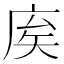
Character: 𢈟